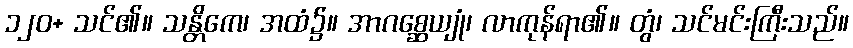
၁၂၀+ သင်၏။ သန္တိကေ၊ အထံ၌။ အာဂစ္ဆေယျုံ၊ လာကုန်ရာ၏။ တွံ၊ သင်မင်းကြီးသည်။